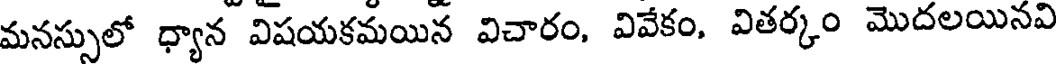
మనస్సులో ధ్యాన విషయకమయిన విచారం, వివేకం, వితర్కం మొదలయినవి